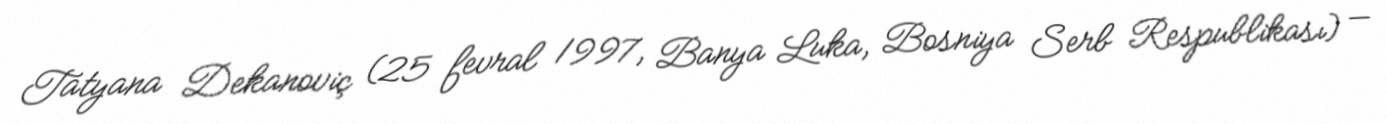
Tatyana Dekanoviç (25 fevral 1997, Banya Luka, Bosniya Serb Respublikası) —